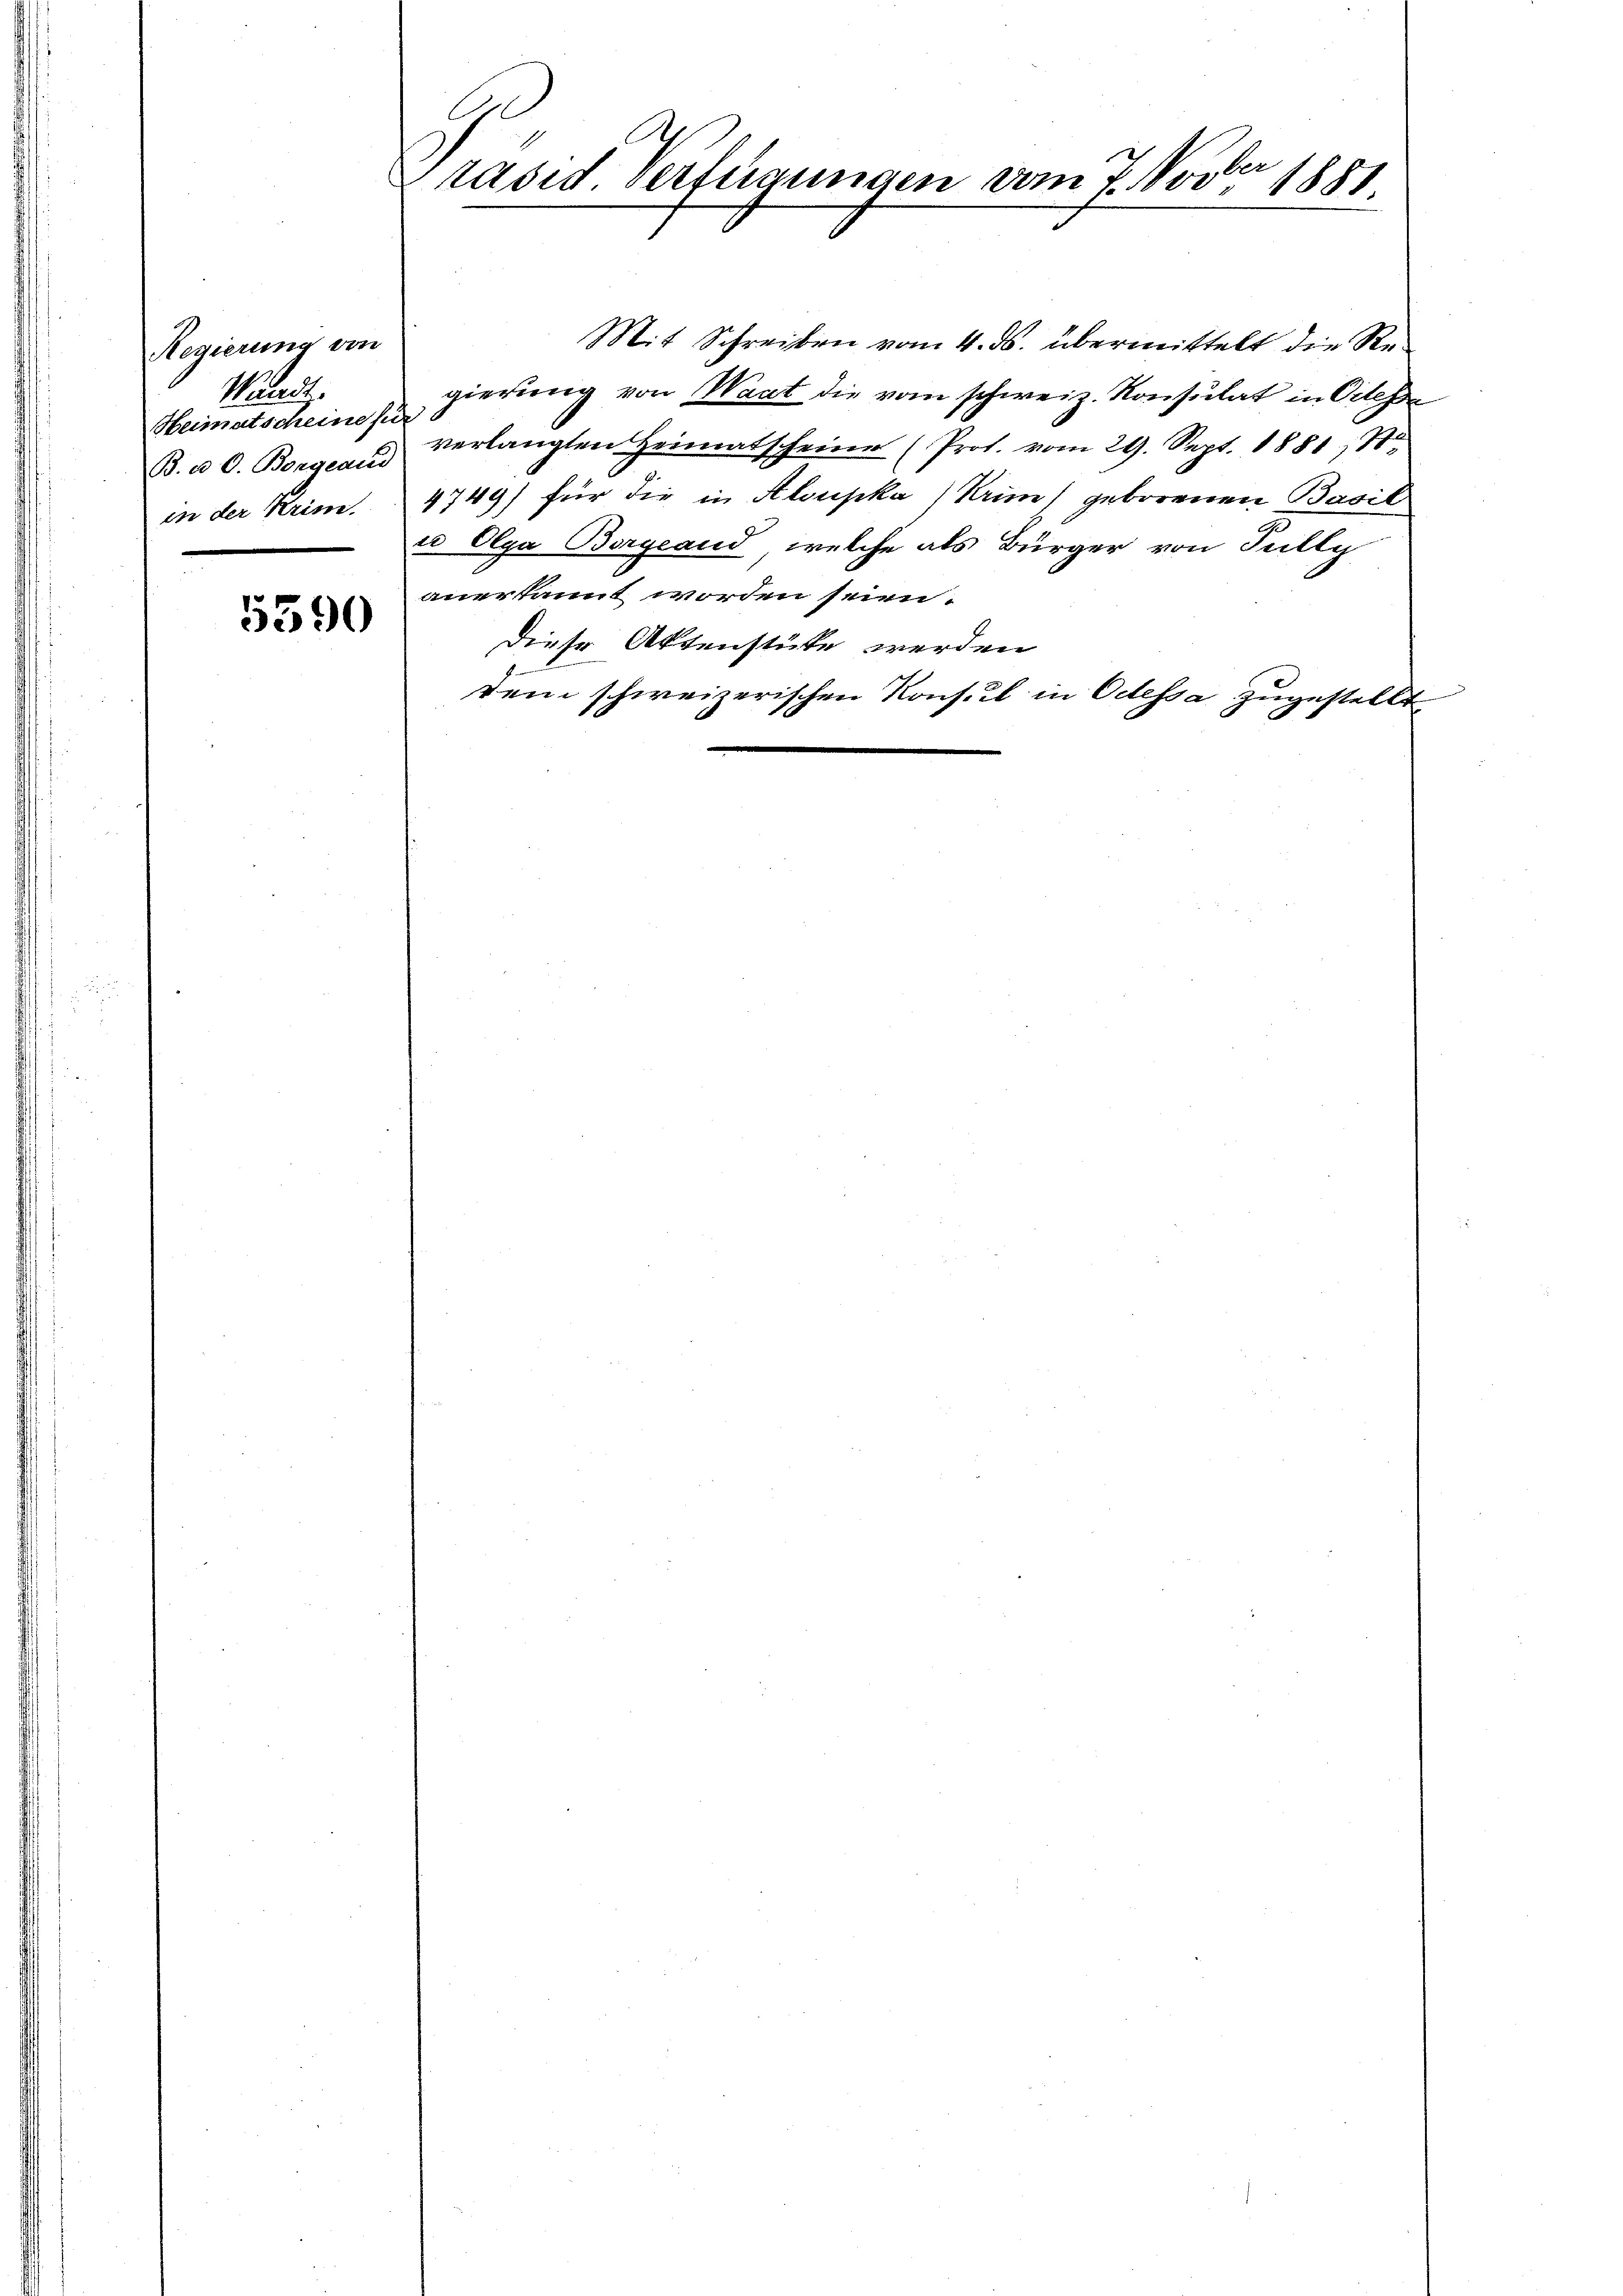
Regierung von
Mag
Heimatscheine für
B. a. O. Borgeaus
in der Krim

5390

C
ber
Präsid. Verfügungen vom 7. Nov. 1851.

Mit Schreiben vom 4. ds. übermittelt die Regierung von Waat die vom schweiz. Konsulat in Cilehe
verlangten Heimatscheiner (Prot. vom 29. Sept. 1881, 1
4749) für die in Aloupka) Nun geborenen Basil
u Olga Borgeand, welche als Bürger von Jully
anerkannt worden seien.
Diese Aktenstüke werden
dem schweizerischen Konsul in Odessa zugestellt